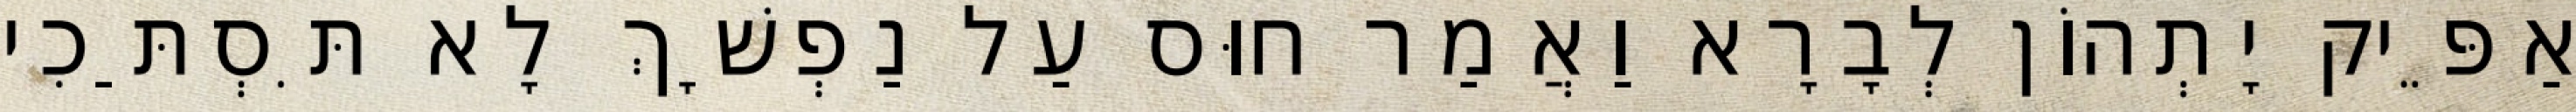
אַפֵּיק יָתְהוֹן לְבָרָא וַאֲמַר חוּס עַל נַפְשָׁךְ לָא תִּסְתַּכִי